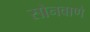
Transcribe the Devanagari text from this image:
सोनवाणे